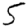
Digit: 5